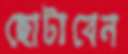
ছোটাবেন